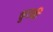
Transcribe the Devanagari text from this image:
कुरकी